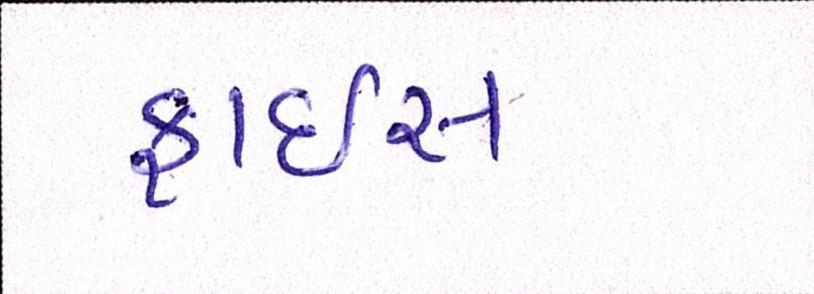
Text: ફ્રાઇસ